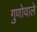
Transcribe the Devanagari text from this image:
गुणोवाले